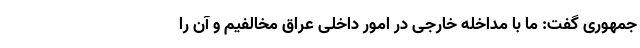
جمهوری گفت: ما با مداخله خارجی در امور داخلی عراق مخالفیم و آن را